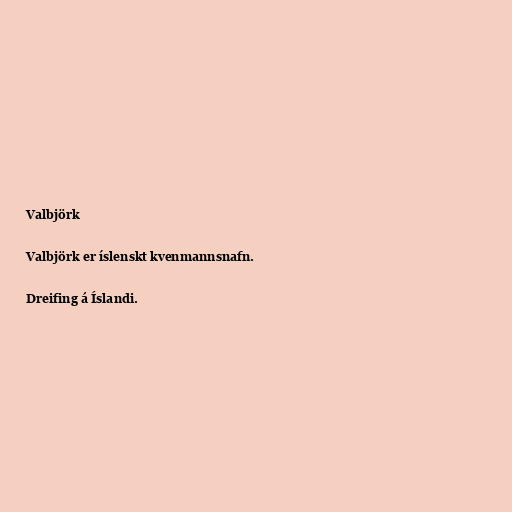
Valbjörk

Valbjörk er íslenskt kvenmannsnafn.

Dreifing á Íslandi.